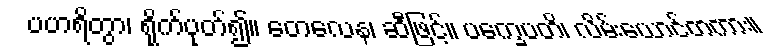
ပဟရိတွာ၊ ရိုက်ပုတ်၍။ တေလေန၊ ဆီဖြင့်။ ပက္ခေပတိ၊ လိမ်းယောင်တကား။